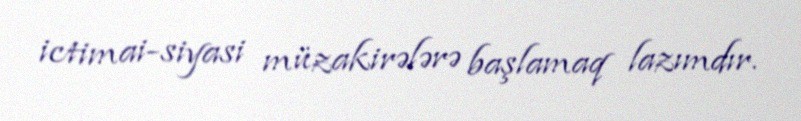
ictimai-siyasi müzakirələrə başlamaq lazımdır.